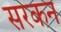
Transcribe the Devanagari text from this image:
सरकन